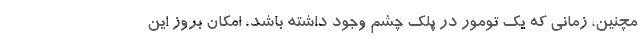
مچنین، زمانی که یک تومور در پلک چشم وجود داشته باشد، امکان بروز این